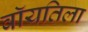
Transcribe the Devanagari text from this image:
वॉयतिला